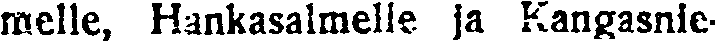
melle, Hankasalmelle ja Kangasnie-